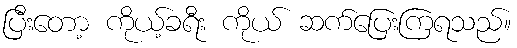
ပြီးတော့ ကိုယ့်ခရီး ကိုယ် ဆက်ပြေးကြရသည်။